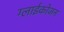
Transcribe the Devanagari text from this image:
ग्लाईकोजन